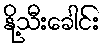
နို့သီးခေါင်း